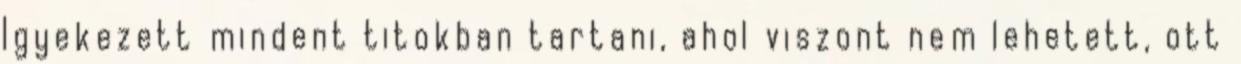
Igyekezett mindent titokban tartani, ahol viszont nem lehetett, ott